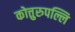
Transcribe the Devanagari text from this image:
कोत्तुरुपल्लि